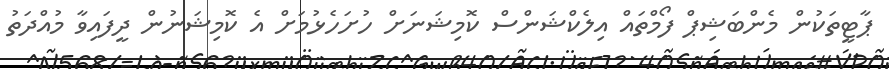
ޕާޓީތަކުން މެންބަޝިޕް ފޯމްތައް އިލެކްޝަންސް ކޮމިޝަނަށް ހުށަހެޅުމަށް އެ ކޮމިޝަނުން ދީފައިވާ މުއްދަތު